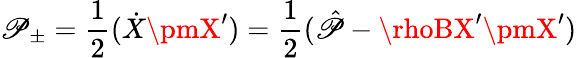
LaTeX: \mathscr{P}_{\pm}=\frac{{1}}{{2}}(\dot{{X}}\pmX^{\prime})=\frac{{1}}{{2}}(\hat{{\mathscr{P}}}-\rhoBX^{\prime}\pmX^{\prime})